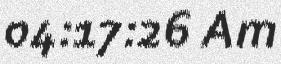
04:17:26 Am